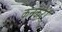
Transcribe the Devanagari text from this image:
कनकरी